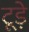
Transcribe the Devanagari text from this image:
टूड़े